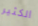
الكثير